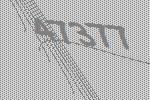
47377